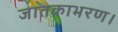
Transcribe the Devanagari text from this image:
जातकाभरण।